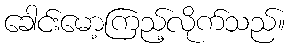
ခေါင်းမော့ကြည့်လိုက်သည်။